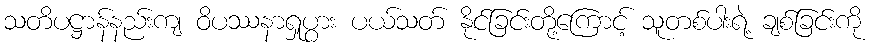
သတိပဋ္ဌာန်နည်းကျ ဝိပဿနာရှုပွား ပယ်သတ် နိုင်ခြင်းတို့ကြောင့် သူတစ်ပါးရဲ့ ချစ်ခြင်းကို